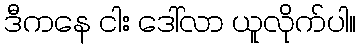
ဒီကနေ ငါး ဒေါ်လာ ယူလိုက်ပါ။